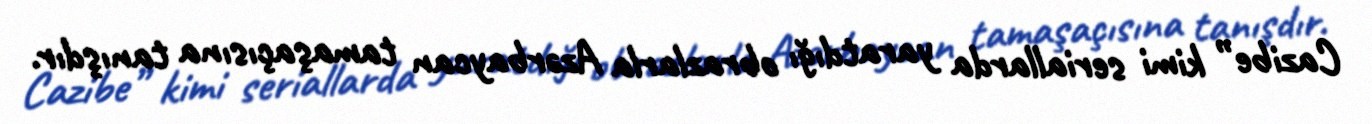
Cazibe” kimi seriallarda yaratdığı obrazlarla Azərbaycan tamaşaçısına tanışdır.